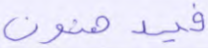
فيدهنون